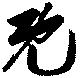
既